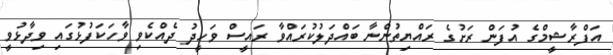
އަފްރާޝީމްގެ އުފަން ރަށުގެ ރައްޔިތުންނާ ބައްދަލުކުރައްވާ ރައީސް ވަހީދު ދެއްކެވި ވާހަކަފުޅުގައި ވިދާޅުވީ